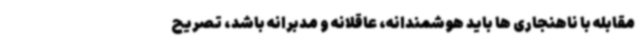
مقابله با ناهنجاری ها باید هوشمندانه، عاقلانه و مدبرانه باشد، تصریح